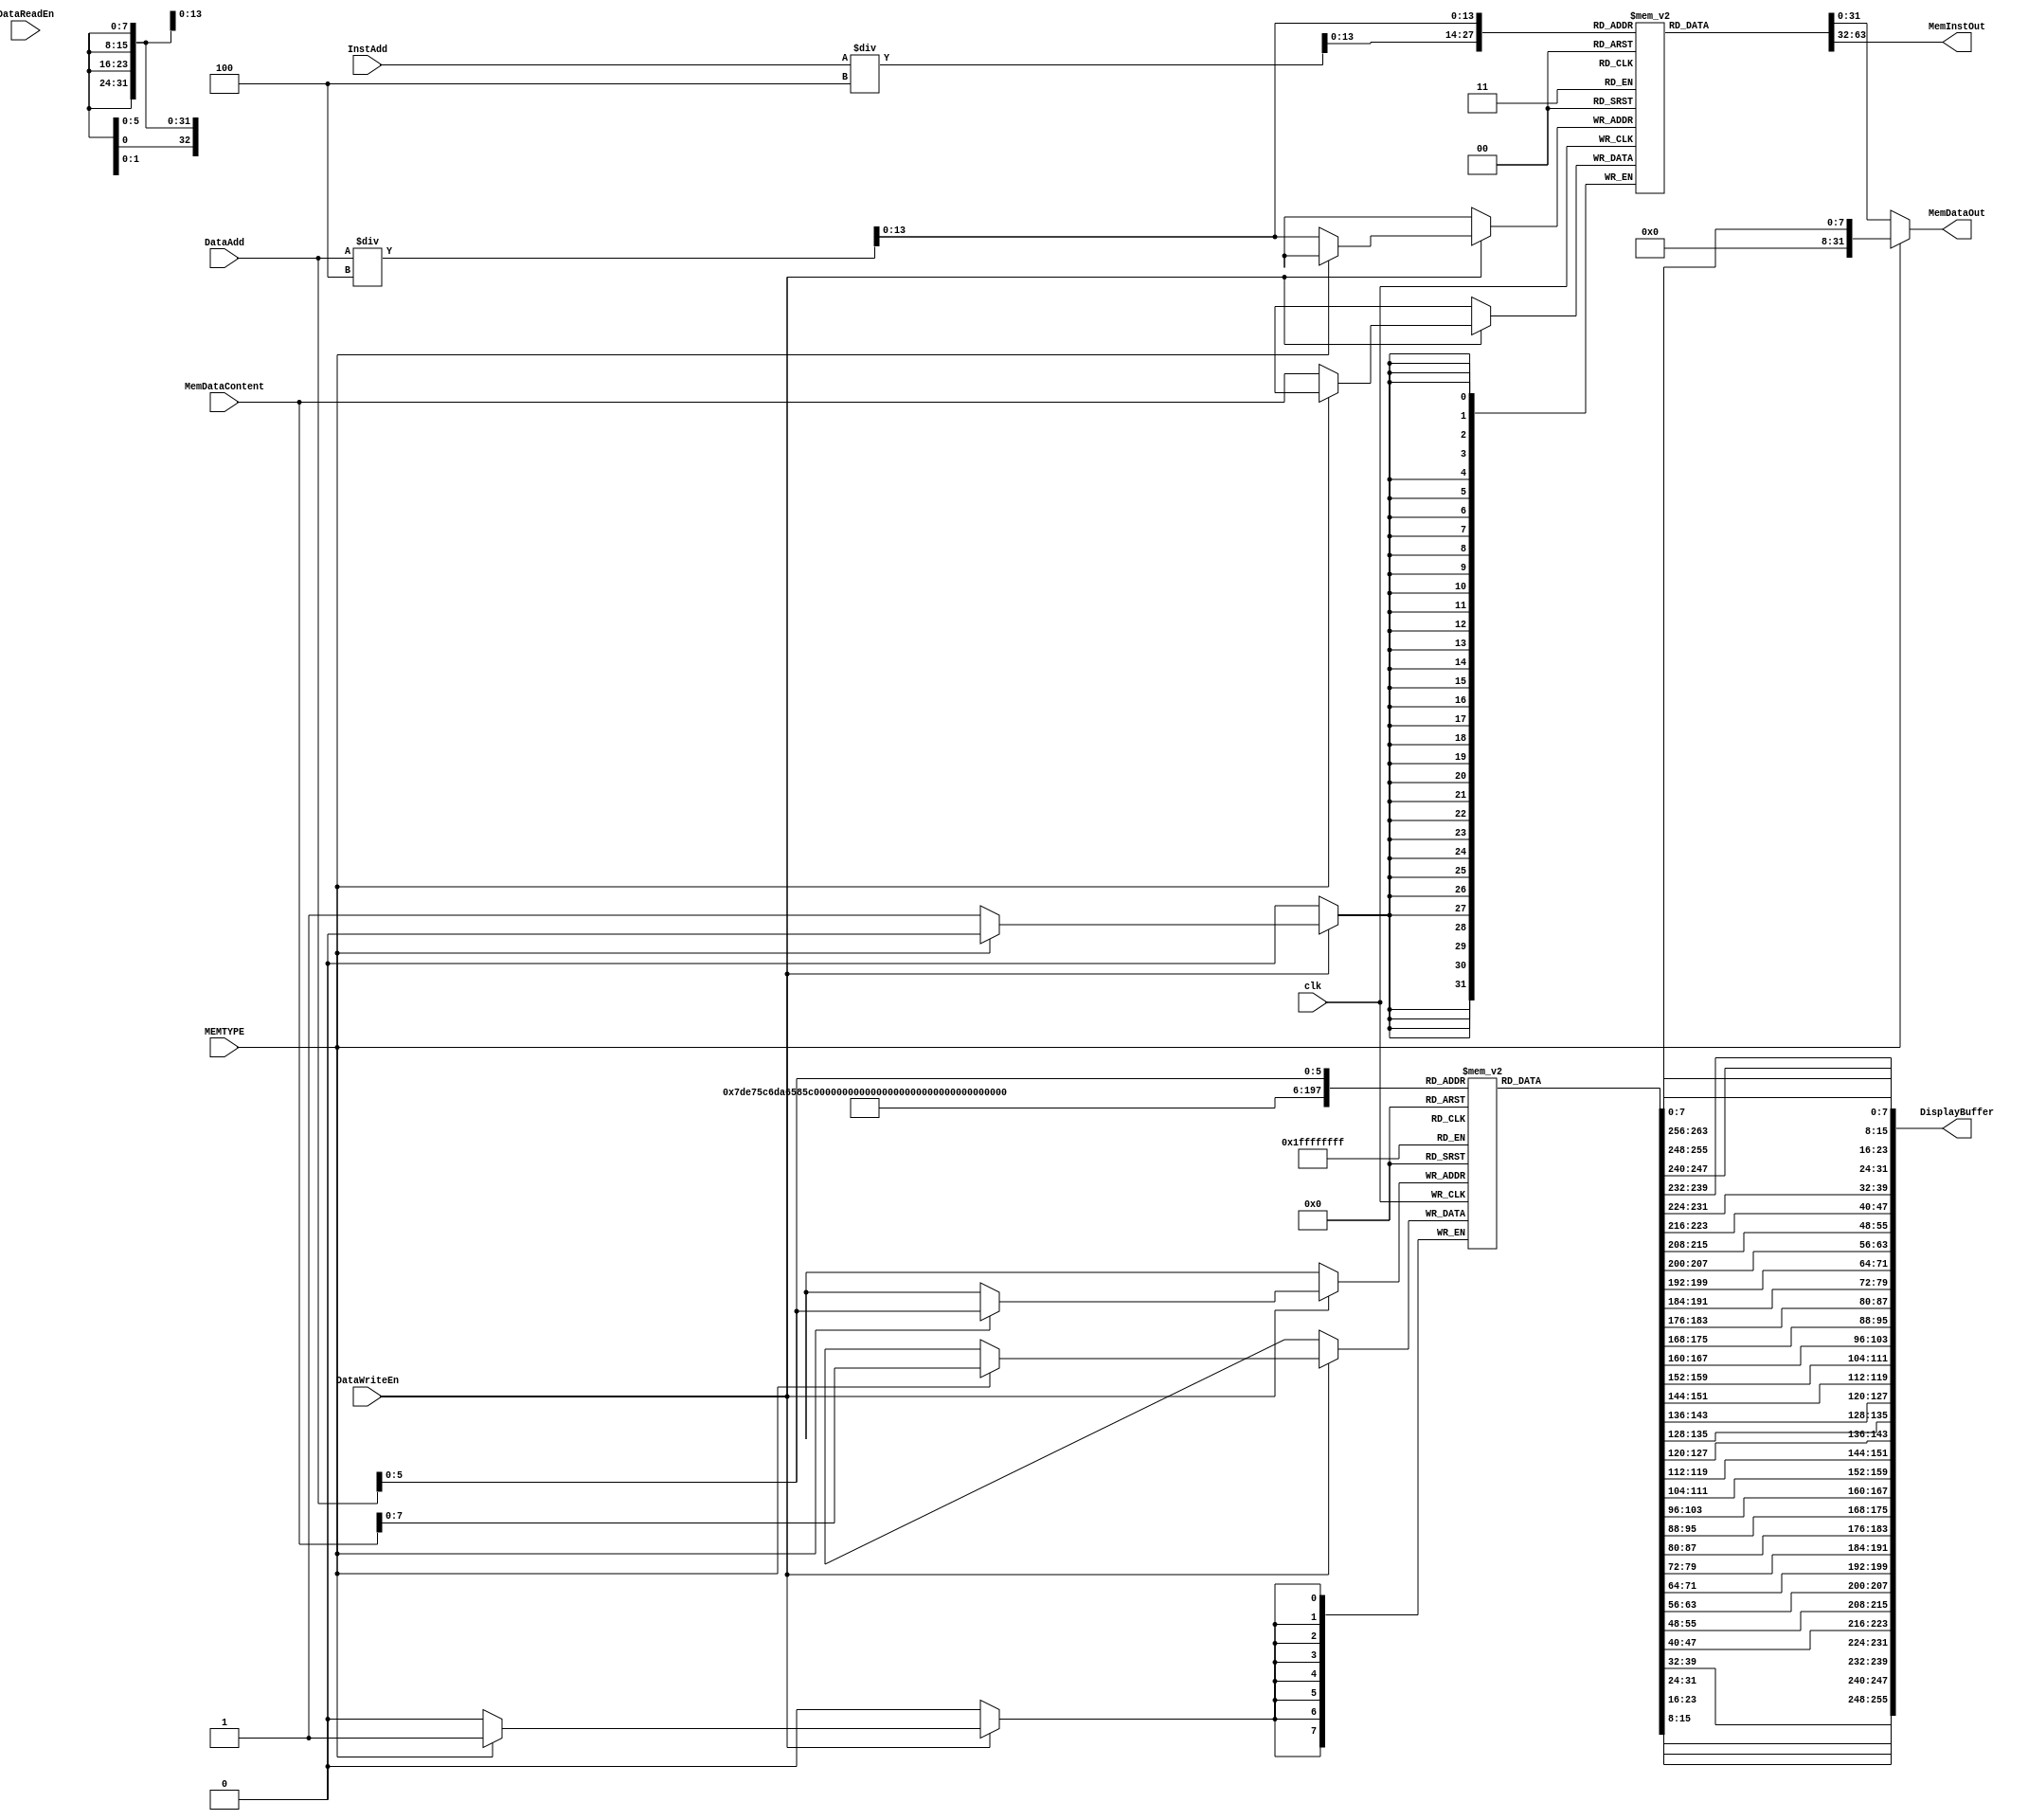
module BranchingTestMemory
  #(
    parameter DisplayBufferSize = 256 
    )(
      input wire 			  clk,
  
      input wire [31:0] 		  InstAdd, // Address to fetch instruction from
      input wire [31:0] 		  DataAdd, // Address to fetch data from
      input wire [31:0] 		  MemDataContent,
  
      input wire 			  DataReadEn, // Enables output from memory
      input wire 			  DataWriteEn, // Enables writing to memory at end of cur. cycle

      input wire 			  MEMTYPE, // Enables writing to memory at end of cur. cycle
  
      output reg [31:0] 		  MemDataOut, // Data from memory
      output reg [31:0] 		  MemInstOut,// Instruction from memory	
      output wire [DisplayBufferSize-1:0] DisplayBuffer
      );
   
   reg [31:0] 				  mem [10230:0];
   reg [7:0] 				  dispMem [DisplayBufferSize/8:0];
   
   
   genvar 				  i;
   generate
       for (i = 0; i < DisplayBufferSize/8; i = i + 1) begin
	   assign DisplayBuffer[(i+1)*8 - 1 : i*8] = dispMem[DisplayBufferSize/8-i-1][7:0];
       end
   endgenerate
   
   initial begin
       mem[0] = 32'h77df000a;
       mem[1] = 32'h77ff0003;
       mem[2] = 32'h6ffe0000;
       mem[3] = 32'hc3e00000;
       mem[4] = 32'h77fffffe;
       mem[5] = 32'hd01e0004;
       mem[6] = 32'h77e00002;
       mem[7] = 32'h801ef800;
       mem[8] = 32'h77fffffa;
       mem[9] = 32'hc0210001;
       mem[10] = 32'h6ffe0000;
       mem[11] = 32'h781ffff7;
       mem[12] = 32'hd01f0000;
       mem[13] = 32'h7400fff5;
       mem[14] = 32'hd81f0000;
       mem[15] = 32'h7400fff3;
       mem[16] = 32'hd41f0001;
       mem[17] = 32'h7400fff1;
       mem[18] = 32'hd01fffff;
       mem[19] = 32'h7800ffef;
       mem[20] = 32'hd81fffff;
       mem[21] = 32'h7800ffed;
       mem[22] = 32'hd41fffff;
       mem[23] = 32'h7800ffeb;
       mem[24] = 32'hc03f0001;
       mem[25] = 32'hf021001f;
       mem[26] = 32'hc4410001;
       mem[27] = 32'ha4611000;
       mem[28] = 32'hd063ffff;
       mem[29] = 32'h7403ffe5;
       mem[30] = 32'h98611000;
       mem[31] = 32'h7403ffe3;
       mem[32] = 32'h98620800;
       mem[33] = 32'h7803ffe1;
       mem[34] = 32'h801ff800;
       mem[35] = 32'h7800ffdf;
       mem[36] = 32'hc01f0000;
       mem[37] = 32'h7800ffdd;
       mem[38] = 32'hc01f0000;
       mem[39] = 32'hc03f0001;
       mem[40] = 32'hc05f0002;
       mem[41] = 32'hc07f0003;
       mem[42] = 32'hc09f0004;
       mem[43] = 32'hc0bf0005;
       mem[44] = 32'hc0df0006;
       mem[45] = 32'hc0ff0007;
       mem[46] = 32'hc11f0008;
       mem[47] = 32'hc13f0009;
       mem[48] = 32'hc15f000a;
       mem[49] = 32'hc17f000b;
       mem[50] = 32'hc19f000c;
       mem[51] = 32'hc1bf000d;
       mem[52] = 32'hc1df000e;
       mem[53] = 32'hc1ff000f;
       mem[54] = 32'hc21f0010;
       mem[55] = 32'hc23f0011;
       mem[56] = 32'hc25f0012;
       mem[57] = 32'hc27f0013;
       mem[58] = 32'hc29f0014;
       mem[59] = 32'hc2bf0015;
       mem[60] = 32'hc2df0016;
       mem[61] = 32'hc2ff0017;
       mem[62] = 32'hc31f0018;
       mem[63] = 32'hc33f0019;
       mem[64] = 32'hc35f001a;
       mem[65] = 32'hc37f001b;
       mem[66] = 32'hc39f001c;
       mem[67] = 32'hc3bf001d;
       mem[68] = 32'hc3df001e;
       mem[69] = 32'hc3ff001f;
       mem[70] = 32'hd0000000;
       mem[71] = 32'h7400ffbb;
       mem[72] = 32'hd0010001;
       mem[73] = 32'h7400ffb9;
       mem[74] = 32'hd0020002;
       mem[75] = 32'h7400ffb7;
       mem[76] = 32'hd0030003;
       mem[77] = 32'h7400ffb5;
       mem[78] = 32'hd0040004;
       mem[79] = 32'h7400ffb3;
       mem[80] = 32'hd0050005;
       mem[81] = 32'h7400ffb1;
       mem[82] = 32'hd0060006;
       mem[83] = 32'h7400ffaf;
       mem[84] = 32'hd0070007;
       mem[85] = 32'h7400ffad;
       mem[86] = 32'hd0080008;
       mem[87] = 32'h7400ffab;
       mem[88] = 32'hd0090009;
       mem[89] = 32'h7400ffa9;
       mem[90] = 32'hd00a000a;
       mem[91] = 32'h7400ffa7;
       mem[92] = 32'hd00b000b;
       mem[93] = 32'h7400ffa5;
       mem[94] = 32'hd00c000c;
       mem[95] = 32'h7400ffa3;
       mem[96] = 32'hd00d000d;
       mem[97] = 32'h7400ffa1;
       mem[98] = 32'hd00e000e;
       mem[99] = 32'h7400ff9f;
       mem[100] = 32'hd00f000f;
       mem[101] = 32'h7400ff9d;
       mem[102] = 32'hd0100010;
       mem[103] = 32'h7400ff9b;
       mem[104] = 32'hd0110011;
       mem[105] = 32'h7400ff99;
       mem[106] = 32'hd0120012;
       mem[107] = 32'h7400ff97;
       mem[108] = 32'hd0130013;
       mem[109] = 32'h7400ff95;
       mem[110] = 32'hd0140014;
       mem[111] = 32'h7400ff93;
       mem[112] = 32'hd0150015;
       mem[113] = 32'h7400ff91;
       mem[114] = 32'hd0160016;
       mem[115] = 32'h7400ff8f;
       mem[116] = 32'hd0170017;
       mem[117] = 32'h7400ff8d;
       mem[118] = 32'hd0180018;
       mem[119] = 32'h7400ff8b;
       mem[120] = 32'hd0190019;
       mem[121] = 32'h7400ff89;
       mem[122] = 32'hd01a001a;
       mem[123] = 32'h7400ff87;
       mem[124] = 32'hd01b001b;
       mem[125] = 32'h7400ff85;
       mem[126] = 32'hd01c001c;
       mem[127] = 32'h7400ff83;
       mem[128] = 32'hd01d001d;
       mem[129] = 32'h7400ff81;
       mem[130] = 32'hd01e001e;
       mem[131] = 32'h7400ff7f;
       mem[132] = 32'h781fff7e;
       mem[133] = 32'hc23f0228;
       mem[134] = 32'hf021001f;
       mem[135] = 32'ha6218800;
       mem[136] = 32'h6f910000;
       mem[137] = 32'h741fff79;
       mem[138] = 32'hf39c0001;
       mem[139] = 32'hf79c0001;
       mem[140] = 32'hd2fc0224;
       mem[141] = 32'h7417ff75;
       mem[142] = 32'h7f000064;
       mem[143] = 32'h7f200064;
       mem[144] = 32'h8358c800;
       mem[145] = 32'hd37affff;
       mem[146] = 32'h741bff70;
       mem[147] = 32'h8358c000;
       mem[148] = 32'h875ac800;
       mem[149] = 32'hd37affff;
       mem[150] = 32'h741bff6c;
       mem[151] = 32'h8359c800;
       mem[152] = 32'h875ac000;
       mem[153] = 32'h781aff69;
       mem[154] = 32'hc23f0001;
       mem[155] = 32'hc6510001;
       mem[156] = 32'h7812ff66;
       mem[157] = 32'hc17f0f0f;
       mem[158] = 32'hc19f7f00;
       mem[159] = 32'ha1ab6000;
       mem[160] = 32'hd1cd0f00;
       mem[161] = 32'h740eff61;
       mem[162] = 32'ha5ab6000;
       mem[163] = 32'hd1cd7f0f;
       mem[164] = 32'h740eff5e;
       mem[165] = 32'ha9ab6000;
       mem[166] = 32'hd1cd700f;
       mem[167] = 32'h740eff5b;
       mem[168] = 32'hc37f0001;
       mem[169] = 32'hf39b0020;
       mem[170] = 32'hd3bc0001;
       mem[171] = 32'h741dff57;
       mem[172] = 32'hf39b001f;
       mem[173] = 32'hfb5c0011;
       mem[174] = 32'hd33ac000;
       mem[175] = 32'h7419ff53;
       mem[176] = 32'hf75c0011;
       mem[177] = 32'hd33a4000;
       mem[178] = 32'h7419ff50;
       mem[179] = 32'hc3df0000;
       mem[180] = 32'hc03f0000;
       mem[181] = 32'h20000000;
       mem[182] = 32'hf3de0001;
       mem[183] = 32'hf7de0001;
       mem[184] = 32'hd01e02d8;
       mem[185] = 32'h7400ff49;
       mem[186] = 32'h68000000;
       mem[187] = 32'h70000000;
       mem[188] = 32'h9c000000;
       mem[189] = 32'hac000000;
       mem[190] = 32'hbc000000;
       mem[191] = 32'hdc000000;
       mem[192] = 32'hec000000;
       mem[193] = 32'hfc000000;
       mem[194] = 32'hd0010009;
       mem[195] = 32'h7400ff3f;
       mem[196] = 32'hc09f03d4;
       mem[197] = 32'h7d20002d;
       mem[198] = 32'he809ffff;
       mem[199] = 32'h64040000;
       mem[200] = 32'h641f03d8;
       mem[201] = 32'h64040008;
       mem[202] = 32'h641f03e0;
       mem[203] = 32'h60c40000;
       mem[204] = 32'h7ca00027;
       mem[205] = 32'h90062800;
       mem[206] = 32'h7400ff34;
       mem[207] = 32'h60ff03d8;
       mem[208] = 32'h90072800;
       mem[209] = 32'h7400ff31;
       mem[210] = 32'h61040008;
       mem[211] = 32'h90082800;
       mem[212] = 32'h7400ff2e;
       mem[213] = 32'h613f03e0;
       mem[214] = 32'h90092800;
       mem[215] = 32'h7400ff2b;
       mem[216] = 32'h801fa000;
       mem[217] = 32'h80200000;
       mem[218] = 32'h80400000;
       mem[219] = 32'h80600000;
       mem[220] = 32'h80800000;
       mem[221] = 32'h80a11000;
       mem[222] = 32'h80a32800;
       mem[223] = 32'h80a42800;
       mem[224] = 32'hd00500a0;
       mem[225] = 32'h7400ff21;
       mem[226] = 32'h781f0000;
       mem[227] = 32'h80200000;
       mem[228] = 32'h80400000;
       mem[229] = 32'h80600000;
       mem[230] = 32'h80800000;
       mem[231] = 32'h80a11000;
       mem[232] = 32'h80a32800;
       mem[233] = 32'h80a42800;
       mem[234] = 32'hd0051c60;
       mem[235] = 32'h7400ff17;
       mem[236] = 32'hc01f03b8;
       mem[237] = 32'h6fe00000;
       mem[238] = 32'h741fff14;
       mem[239] = 32'hd01e03bc;
       mem[240] = 32'h7400ff12;
       mem[241] = 32'hc3ff0000;
       mem[242] = 32'h77fffffe;
       mem[243] = 32'haaaaaaaa;
       mem[244] = 32'h55555555;
       mem[245] = 32'h00000000;
       mem[246] = 32'h00000000;
       mem[247] = 32'h00000000;
       mem[248] = 32'h00000000;
       mem[249] = 32'hffffffff;
       mem[250] = 32'hffffffff;
       mem[251] = 32'hffffffff;
       
   end
   
   
   always @(posedge clk) begin
       //#1
       if (DataWriteEn) begin
           if (MEMTYPE) begin
               dispMem[DataAdd] = MemDataContent;

           end else begin
               mem[DataAdd/4] = MemDataContent;
               
           end
       end
   end

   always @(mem, DataAdd, InstAdd, MEMTYPE) begin
       //#2
       MemInstOut = mem[InstAdd/4];

       if (MEMTYPE) begin
           MemDataOut = dispMem[DataAdd];       
       end else begin
           MemDataOut = mem[DataAdd/4];
       end
   end
endmodule